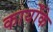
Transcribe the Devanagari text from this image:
कार्योंके